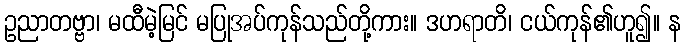
ဥညာတဗ္ဗာ၊ မထီမဲ့မြင် မပြုအပ်ကုန်သည်တို့ကား။ ဒဟရာတိ၊ ငယ်ကုန်၏ဟူ၍။ န